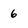
Character: 6